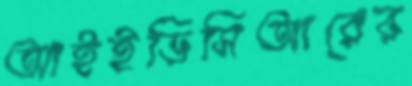
আইইডিসিআরের